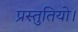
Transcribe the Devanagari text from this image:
प्रस्तुतियो।